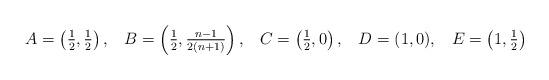
LaTeX: \begin{align*}A= \left(\tfrac12,\tfrac12\right),\;\;\; B=\left(\tfrac12,\tfrac{n-1}{2(n+1)}\right),\;\;\;C=\left(\tfrac12,0\right),\;\;\;D=(1,0),\;\;\;E=\left(1,\tfrac12\right)\end{align*}